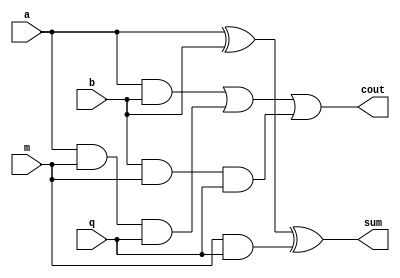
`ifndef PARTIAL_PRODUCT_V
`define PARTIAL_PRODUCT_V

module PartialProduct(a, b, m, q, cout, sum);
  input a, b, m, q;
  output cout, sum;
  //By default, all ports are wires
  //Dataflow design
  assign sum = a ^ b ^ (m & q);
  assign cout = (a & b) | (a & m & q) | (b & m & q);
endmodule

`endif